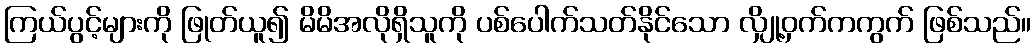
ကြယ်ပွင့်များကို ဖြုတ်ယူ၍ မိမိအလိုရှိသူကို ပစ်ပေါက်သတ်နိုင်သော လျှို့ဝှက်ကကွက် ဖြစ်သည်။